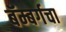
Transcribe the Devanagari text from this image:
बॅम्बर्गचा